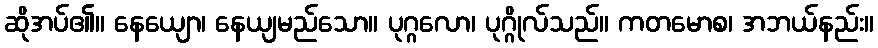
ဆိုအပ်၏။ နေယျော၊ နေယျမည်သော။ ပုဂ္ဂလော၊ ပုဂ္ဂိုလ်သည်။ ကတမောစ၊ အဘယ်နည်း။